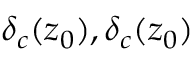
\delta _ { c } ( z _ { 0 } ) , \delta _ { c } ( z _ { 0 } )